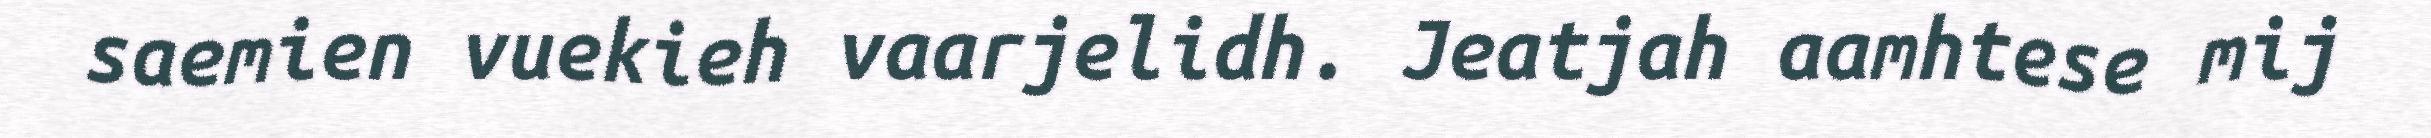
saemien vuekieh vaarjelidh. Jeatjah aamhtese mij